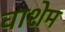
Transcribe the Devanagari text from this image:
वाशेम